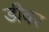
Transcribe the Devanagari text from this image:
डीवर